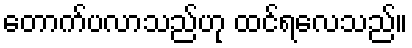
တောက်ပလာသည်ဟု ထင်ရလေသည်။